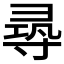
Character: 𡬶